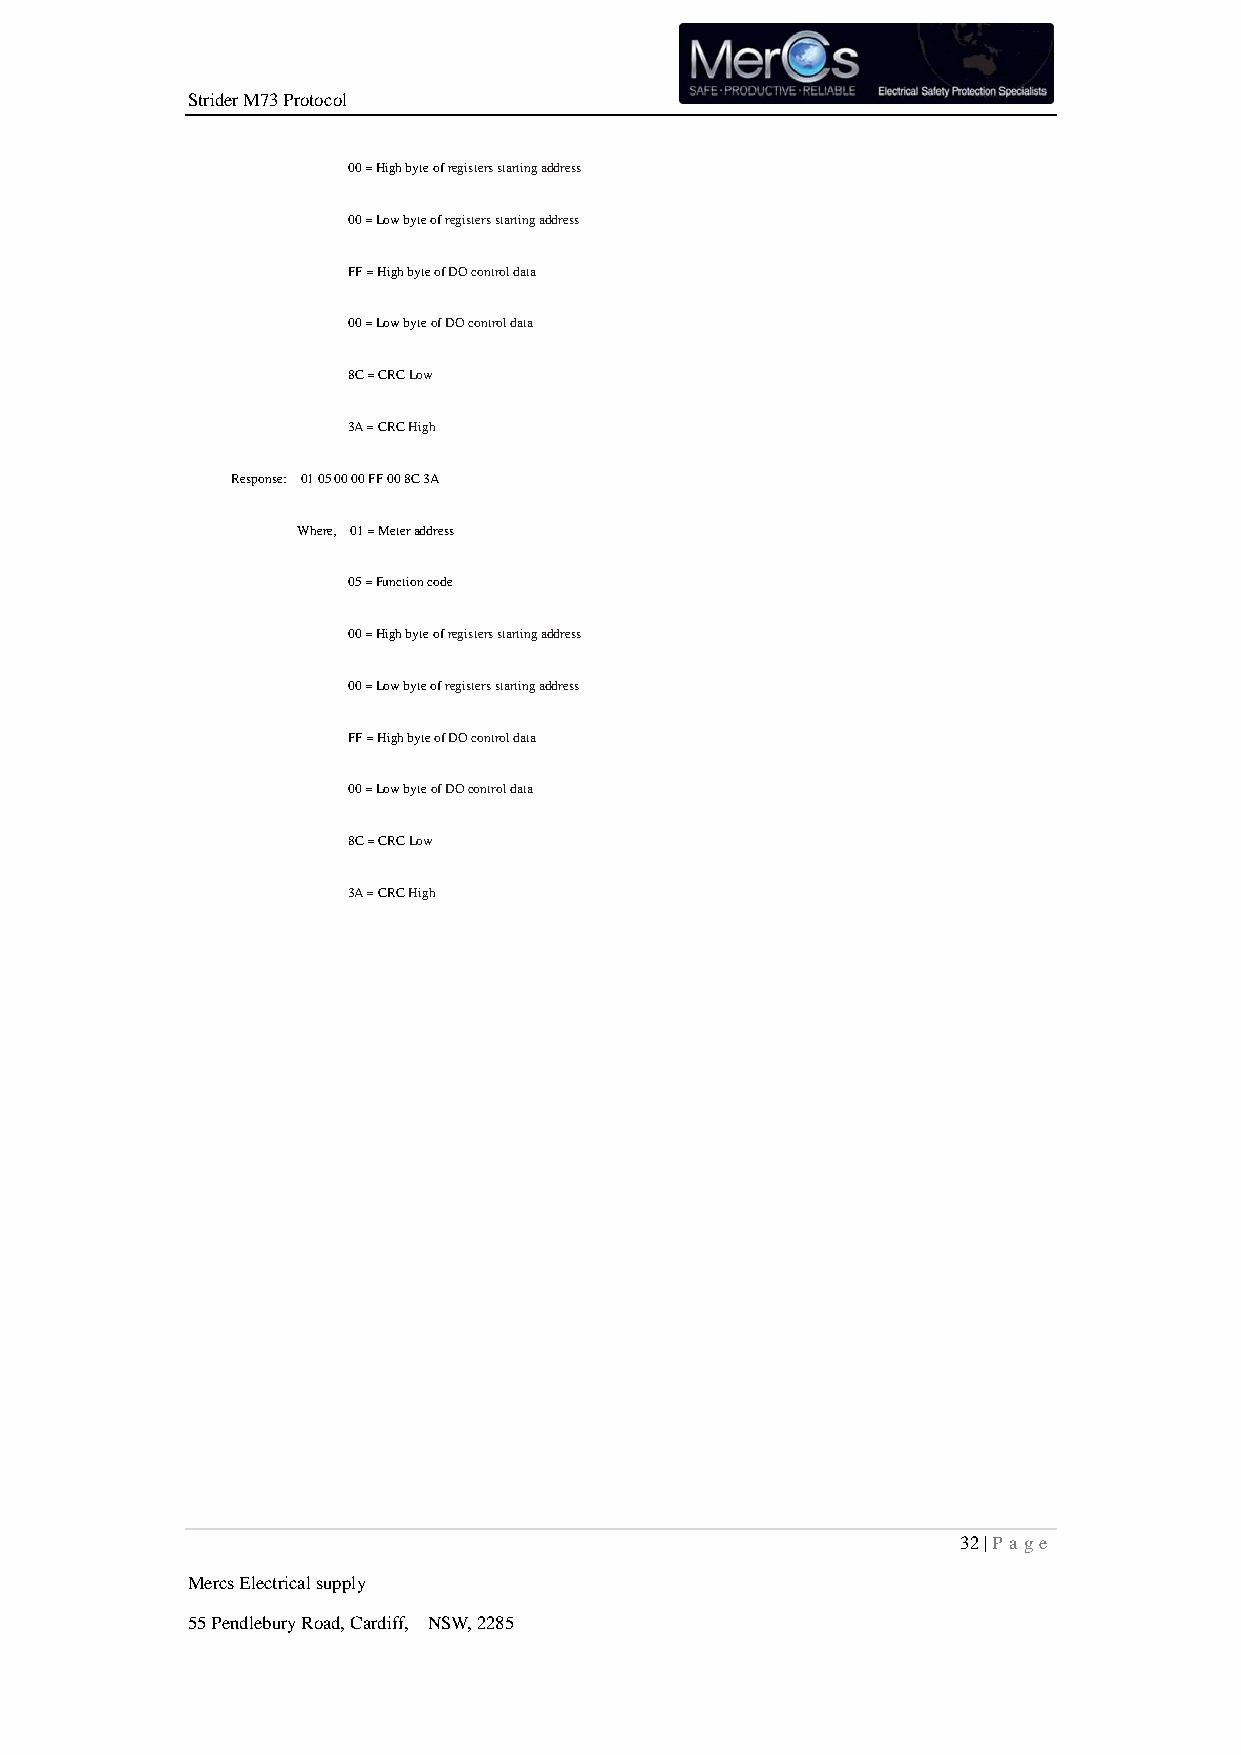
Strider M73 Protocol
 00 = High byte of registers starting address
 00 = Low byte of registers starting address
 FF = High byte of DO control data
 00 = Low byte of DO control data
 8C = CRC Low
 3A = CRC High
 Response: 01 05 00 00 FF 00 8C 3A
 Where, 01 = Meter address
 05 = Function code
 00 = High byte of registers starting address
 00 = Low byte of registers starting address
 FF = High byte of DO control data
 00 = Low byte of DO control data
 8C = CRC Low
 3A = CRC High
 32 | P age
 Mercs Electrical supply
 55 Pendlebury Road, Cardiff, NSW, 2285